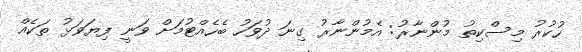
ހުކުރު މިސްކިތު މުންނާރު: އެމުންނާރު ގިނަ ދުވަހު ބެހެއްޓުމަށް ވަނީ ފިޔަވަޅު ތަކެއް